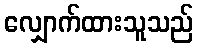
လျှောက်ထားသူသည်